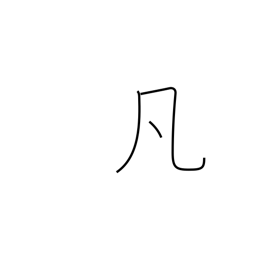
Meaning: ordinary